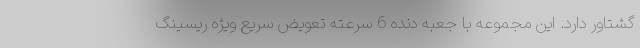
گشتاور دارد. این مجموعه با جعبه دنده 6 سرعته تعویض سریع ویژه ریسینگ